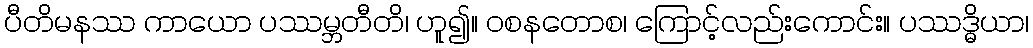
ပီတိမနဿ ကာယော ပဿမ္ဘတီတိ၊ ဟူ၍။ ဝစနတောစ၊ ကြောင့်လည်းကောင်း။ ပဿဒ္ဓိယာ၊